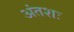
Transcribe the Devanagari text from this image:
अंतशः